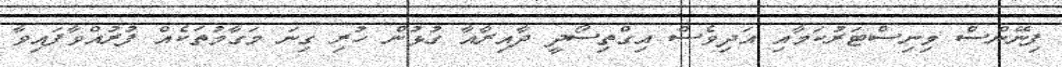
ފިނޭންސް މިނިސްޓަރުކަމާއި އަދިވެސް އިގްތިސޯދީ ދާއިރާއާ ގުޅުން ހުރި ގިނަ މަގާމުތަކެއް ފުރުއްވާފައިވާ